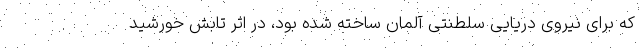
که برای نیروی دریایی سلطنتی آلمان ساخته شده بود، در اثر تابش خورشید